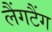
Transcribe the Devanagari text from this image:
लैंगटैंग